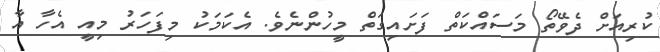
ކުރިއަށް ދެވޭތޯ މަސައްކަތް ފަށައިގަތް މީހުންނެވެ. އެކަމަކު މިފަހަރު މިއީ އެހާ އާ